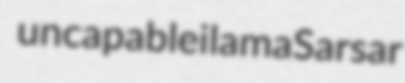
uncapable ilama Sarsar